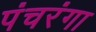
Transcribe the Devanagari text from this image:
पंचरंगा